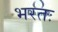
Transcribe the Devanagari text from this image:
भरतः